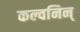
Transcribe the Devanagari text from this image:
कल्वनिन्